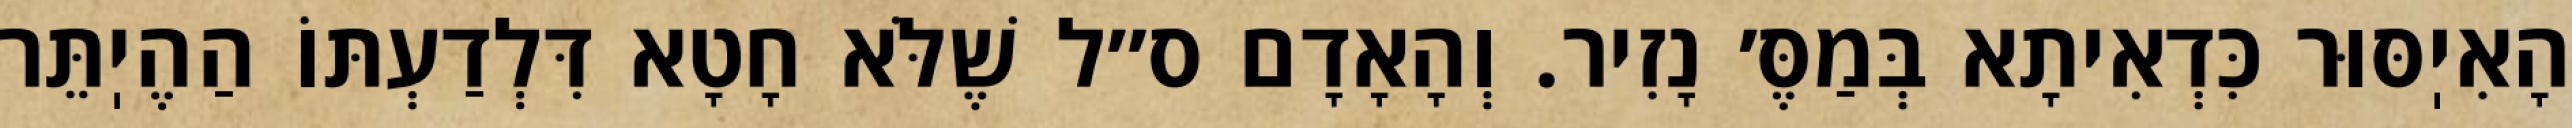
הָאִיֽסּוּר כִּדְאִיתָא בְּמַסֶּ׳ נָזִיר. וְהָאָדָם ס״ל שֶׁלֹּא חָטָא דִּלְדַעְתּוֹ הַהֶיֽתֵּר